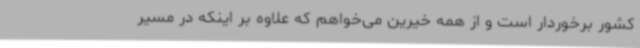
کشور برخوردار است و از همه خیرین می‌خواهم که علاوه بر اینکه در مسیر